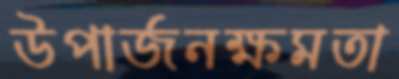
উপার্জনক্ষমতা